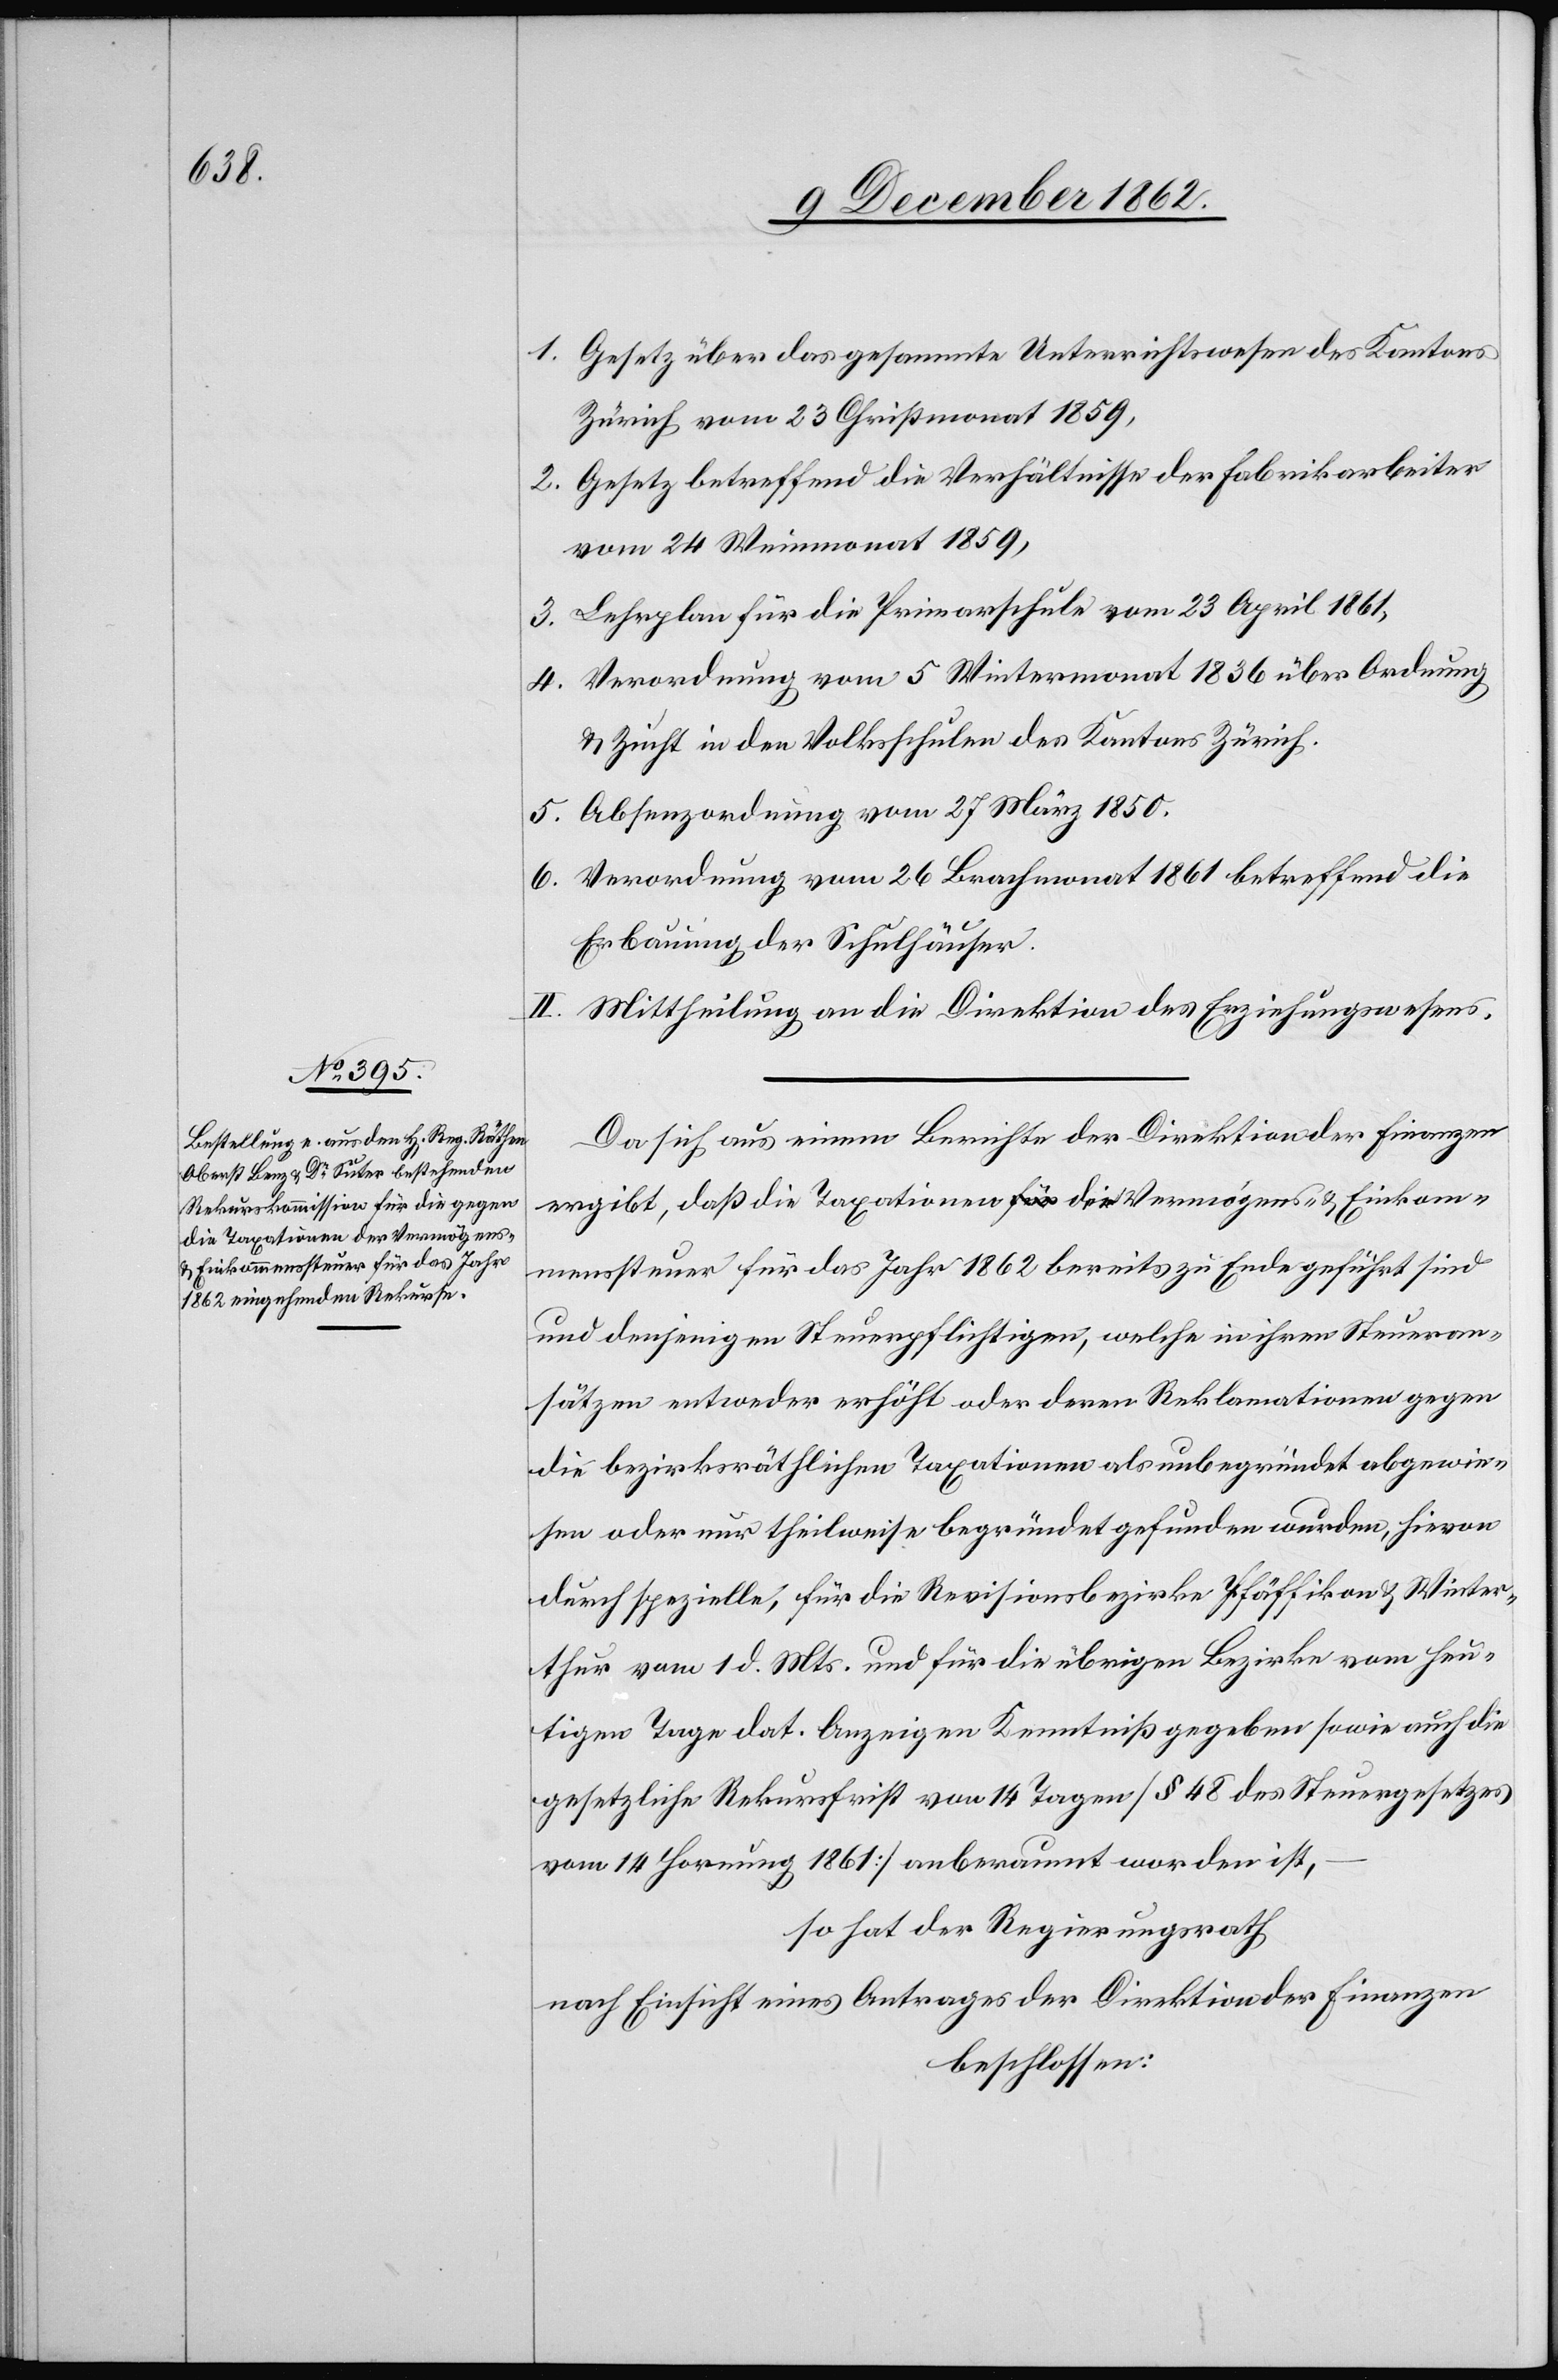
1. Gesetz über das gesammte Unterrichtswesen des Kantons
Zürich vom 23. Christmonat 1859,
2. Gesetz betreffend die Verhältnisse der Fabrikarbeiter
vom 24. Weinmonat 1859,
3. Lehrplan für die Primarschule vom 23. April 1861,
4. Verordnung vom 5. Wintermonat 1836 über Ordnung
u. Zucht in den Volksschulen des Kantons Zürich.
5. Absenzordnung vom 27. März 1850.
6. Verordnung vom 26. Brachmonat 1861 betreffend die
Erbauung der Schulhäuser.
II. Mittheilung an die Direktion des Erziehungswesens.
Da sich aus einem Berichte der Direktion der Finanzen
ergibt, daß die Taxation a-für die-a Vermögens- u. Einkom¬
menssteuer für das Jahr 1862 bereits zu Ende gefühlt sind
und denjenigen Steuerpflichtigen, welche in ihrem Steueran¬
sätzen entweder erhöht oder deren Reklamationen gegen
die bezirksräthlichen Taxationen als unbegründet abgewie¬
sen oder nur theilweise begründet gefunden wurden, hievon
durch spezielle, für die Revisionsbezirke Pfäffikon u. Winter¬
thur vom 1. d. Mts. und für die übrigen Bezirke vom heu¬
tigen Tage dat. Anzeigen Kenntniß gegeben sowie auch die
gesetzliche Rekursfrist von 14 Tagen [§. 48 des Steuergesetzes
vom 14. Hornung 1861] anberaumt worden ist,
so hat der Regierungsrath
nach Einsicht eines Antrages der Direktion der Finanzen
beschlossen: